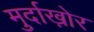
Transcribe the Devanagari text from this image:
मुर्दाख़ोर